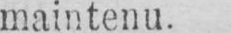
maintenu.